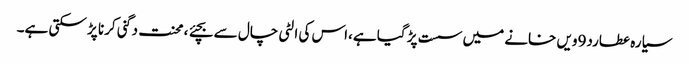
سیارہ عطارد9ویں خانے میں سست پڑ گیا ہے،اس کی الٹی چال سے بچئے ، محنت دگنی کرنا پڑ سکتی ہے۔